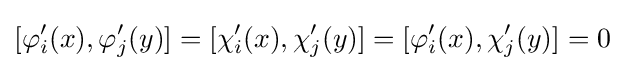
[\varphi '_{i}(x),\varphi '_{j}(y)]=[\chi '_{i}(x),\chi '_{j}(y)]=[\varphi '_{i}(x),\chi '_{j}(y)]=0